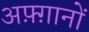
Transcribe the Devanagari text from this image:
अफ़्ग़ानों